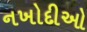
નખોદીઓ